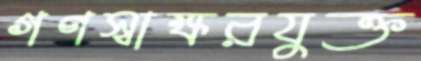
গণস্বাক্ষরযুক্ত